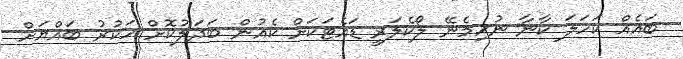
ބައެއް ކަހަލަ ކާނާ ނުހިމެނޭ ލޯކެލަރީ ޑައެޓަކަށް ކެއުން ބަދަލުކޮށް ހަކުރު ބައްޔަށް